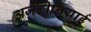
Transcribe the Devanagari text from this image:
अर्जेंटीनियाई